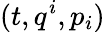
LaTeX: (t,q^{i},p_{i})